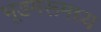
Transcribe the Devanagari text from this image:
भूडमरूमध्य